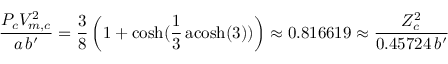
{ \frac { P _ { c } V _ { m , c } ^ { 2 } } { a \, b ^ { \prime } } } = { \frac { 3 } { 8 } } \left( 1 + \cosh ( { \frac { 1 } { 3 } } \operatorname { a c o s h } ( 3 ) ) \right) \approx 0 . 8 1 6 6 1 9 \approx { \frac { Z _ { c } ^ { 2 } } { 0 . 4 5 7 2 4 \, b ^ { \prime } } }